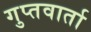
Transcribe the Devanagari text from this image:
गुप्तवार्ता